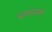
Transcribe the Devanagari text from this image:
बालशर्मा